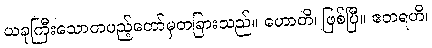
ယခုကြီးသောတပည့်တော်မှတခြားသည်။ ဟောတိ၊ ဖြစ်ပြီ။ ဧတရဟိ၊